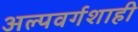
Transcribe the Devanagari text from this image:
अल्पवर्गशाही